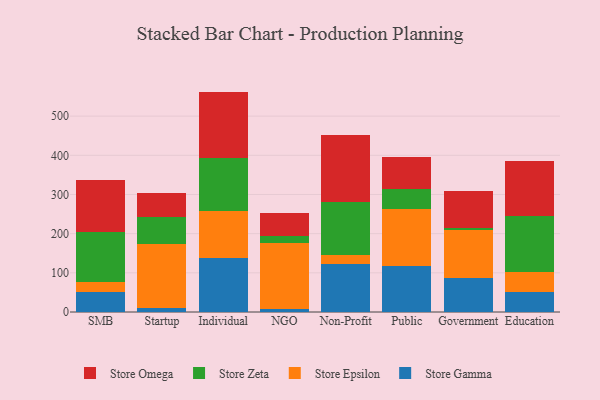
{"axis": {"x": "Segment", "y": "Customer Acquisition Cost (USD)"}, "legend": ["Store Epsilon", "Store Gamma", "Store Omega", "Store Zeta"], "data": [{"x": "SMB", "y": 51.3, "type": "Store Gamma"}, {"x": "SMB", "y": 25.7, "type": "Store Epsilon"}, {"x": "SMB", "y": 127.5, "type": "Store Zeta"}, {"x": "SMB", "y": 133.2, "type": "Store Omega"}, {"x": "Startup", "y": 10.3, "type": "Store Gamma"}, {"x": "Startup", "y": 163.8, "type": "Store Epsilon"}, {"x": "Startup", "y": 67.4, "type": "Store Zeta"}, {"x": "Startup", "y": 61.9, "type": "Store Omega"}, {"x": "Individual", "y": 137.0, "type": "Store Gamma"}, {"x": "Individual", "y": 122.1, "type": "Store Epsilon"}, {"x": "Individual", "y": 133.8, "type": "Store Zeta"}, {"x": "Individual", "y": 169.7, "type": "Store Omega"}, {"x": "NGO", "y": 6.4, "type": "Store Gamma"}, {"x": "NGO", "y": 170.0, "type": "Store Epsilon"}, {"x": "NGO", "y": 18.5, "type": "Store Zeta"}, {"x": "NGO", "y": 57.8, "type": "Store Omega"}, {"x": "Non-Profit", "y": 123.5, "type": "Store Gamma"}, {"x": "Non-Profit", "y": 21.9, "type": "Store Epsilon"}, {"x": "Non-Profit", "y": 134.5, "type": "Store Zeta"}, {"x": "Non-Profit", "y": 172.8, "type": "Store Omega"}, {"x": "Public", "y": 117.8, "type": "Store Gamma"}, {"x": "Public", "y": 145.4, "type": "Store Epsilon"}, {"x": "Public", "y": 51.1, "type": "Store Zeta"}, {"x": "Public", "y": 81.1, "type": "Store Omega"}, {"x": "Government", "y": 86.0, "type": "Store Gamma"}, {"x": "Government", "y": 122.1, "type": "Store Epsilon"}, {"x": "Government", "y": 5.7, "type": "Store Zeta"}, {"x": "Government", "y": 94.0, "type": "Store Omega"}, {"x": "Education", "y": 50.2, "type": "Store Gamma"}, {"x": "Education", "y": 51.5, "type": "Store Epsilon"}, {"x": "Education", "y": 142.3, "type": "Store Zeta"}, {"x": "Education", "y": 140.8, "type": "Store Omega"}]}